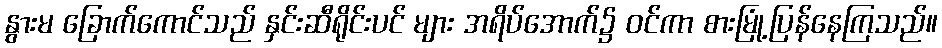
နွားမ ခြောက်ကောင်သည် နှင်းဆီရိုင်းပင် များ အရိပ်အောက်၌ ဝင်ကာ စားမြုံ့ပြန်နေကြသည်။